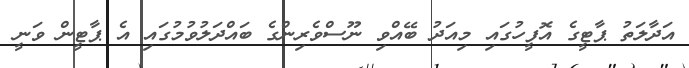
އަދާލަތު ޕާޓީގެ އޮފީހުގައި މިއަދު ބޭއްވި ނޫސްވެރިންގެ ބައްދަލުވުމުގައި އެ ޕާޓީން ވަނީ